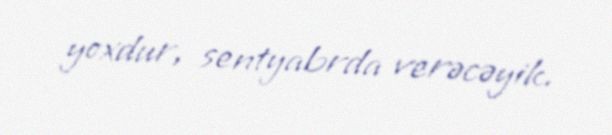
yoxdur, sentyabrda verəcəyik.